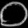
Digit: ၀